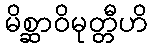
မိစ္ဆာဝိမုတ္တီဟိ